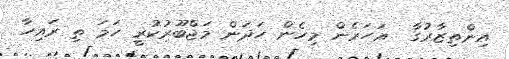
އިންތިޒާރުގާ  އަހަރެން މިހެން ހަދަން މަޖްބޫރުކުރީ ހަމަ ތި ރައިހާ